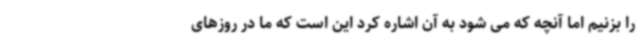
را بزنیم اما آنچه که می شود به آن اشاره کرد این است که ما در روزهای